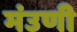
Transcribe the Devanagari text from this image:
मंउणी